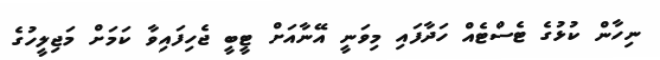
ނިހާން ކުޅުގެ ޓެސްޓެއް ހަދާފައި މިވަނީ އޭނާއަށް ޓީބީ ޖެހިފައިވާ ކަމަށް މަޖިލީހުގެ